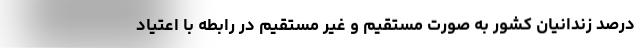
درصد زندانیان کشور به صورت مستقیم و غیر مستقیم در رابطه با اعتیاد